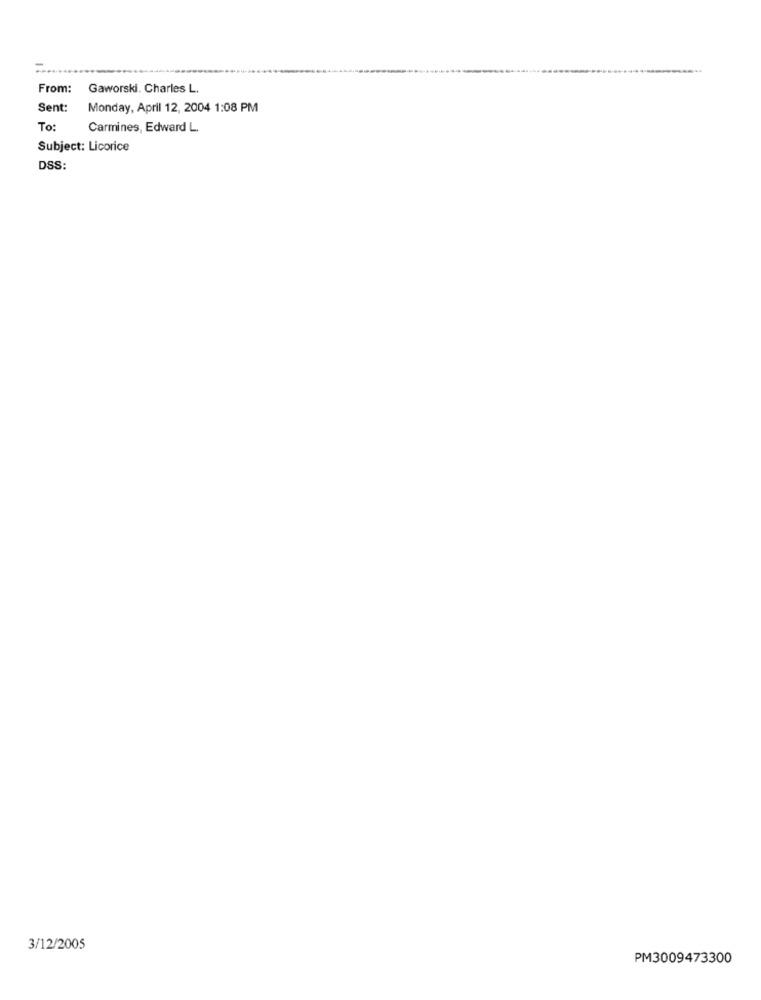
From:
Gaworski. Charles L.
Sent:
Monday, April 12, 2004 1:08 PM
To:
Carmines, Edward L.
Subject: Licorice
DSS:
3/12/2005
PM3009473300